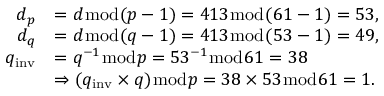
{ \begin{array} { r l } { d _ { p } } & { = d { \bmod { ( } } p - 1 ) = 4 1 3 { \bmod { ( } } 6 1 - 1 ) = 5 3 , } \\ { d _ { q } } & { = d { \bmod { ( } } q - 1 ) = 4 1 3 { \bmod { ( } } 5 3 - 1 ) = 4 9 , } \\ { q _ { \mathrm { i n v } } } & { = q ^ { - 1 } { \bmod { p } } = 5 3 ^ { - 1 } { \bmod { 6 } } 1 = 3 8 } \\ & { \Rightarrow ( q _ { \mathrm { i n v } } \times q ) { \bmod { p } } = 3 8 \times 5 3 { \bmod { 6 } } 1 = 1 . } \end{array} }